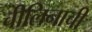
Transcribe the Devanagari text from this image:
चीलिनाची